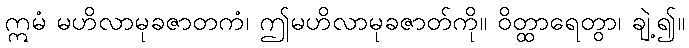
ဣမံ မဟိလာမုခဇာတကံ၊ ဤမဟိလာမုခဇာတ်ကို။ ဝိတ္ထာရေတွာ၊ ချဲ့၍။